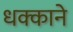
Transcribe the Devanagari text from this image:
धक्काने